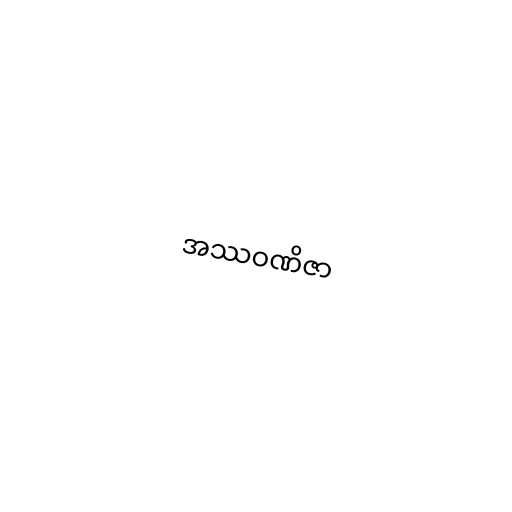
အဿဝဏိဇာ